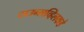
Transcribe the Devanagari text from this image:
टाउन्सव्हिलकडे